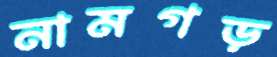
নামগড়